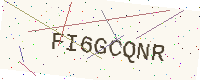
Text: FI6GCQNR